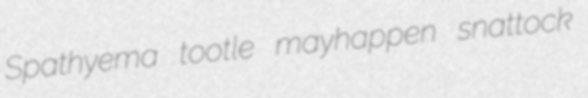
Spathyema tootle mayhappen snattock